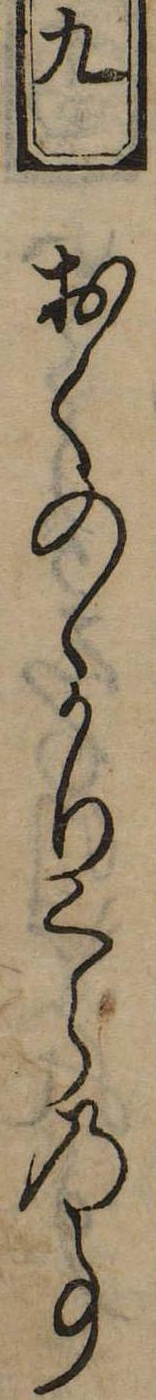
九おくのゝかりくらの事